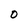
Character: 0